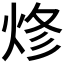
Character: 𰞦